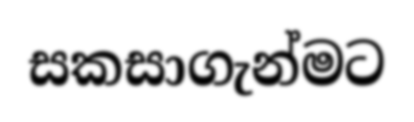
සකසාගැන්මට